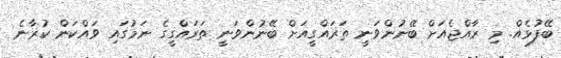
ބޭފުޅެއް. މި ރާއްޖެއަށް ބޭނުންވަނީ ތަރައްގީއަށް ބޭނުންވަނީ ތަރައްގީގެ ނަމުގައި ވައްކަން ކުރާނެ